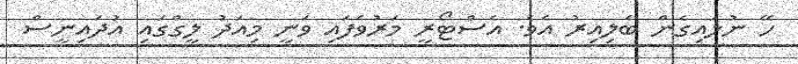
ހޭ ނުލައިގެން ބެލިއިރު އެވެ. އެސްޓޯރީ މަރުވެފައި ވަނީ މިއަދު ލީގްގައި އުދައިނީސް